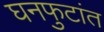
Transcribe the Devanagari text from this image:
घनफुटांत